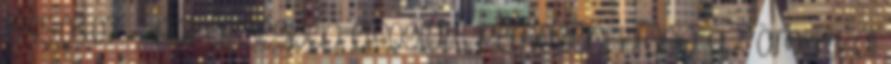
1945.03.07. - Az épségben elfoglalt remageni hídon az amerikai